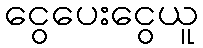
ငွေပေးငွေယူ